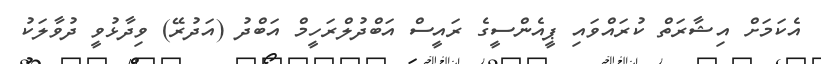
އެކަމަށް އިޝާރަތް ކުރައްވައި ޕީއެންސީގެ ރައީސް އަބްދުލްރަހީމް އަބްދު (އަދުރޭ) ވިދާޅުވީ ދުވާލަކު